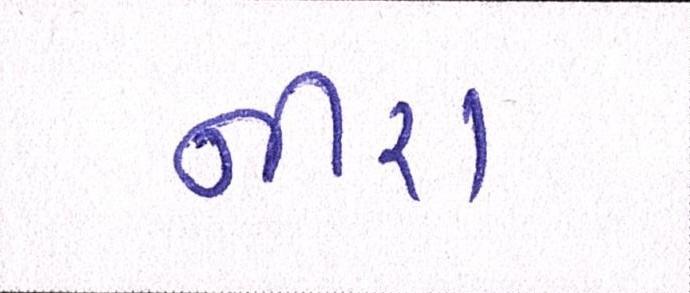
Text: નીરા